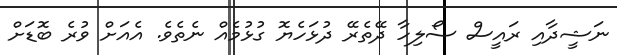
ނަޝީދާއި ރައީސް ސޯލިހާ ދޭތެރޭ ދުޅަހެޔޮ ގުޅުމެއް ނެތެވެ. އެއަށް ވުރެ ބޮޑަށް